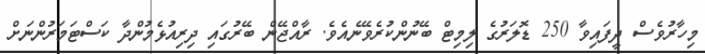
މިހާރުވެސް ދީފައިވާ 250 ޑޮލަރުގެ ލިމިޓް ބޭނުންކުރެވޭނެއެވެ. ރާއްޖޭން ބޭރުގައި ދިރިއުޅެމުންދާ ކަސްޓަމަރުންނަށް